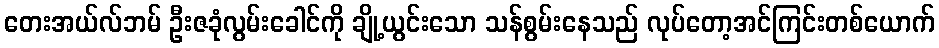
တေးအယ်လ်ဘမ် ဦးဇခုံလွမ်းခေါင်ကို ချို့ယွင်းသော သန်စွမ်းနေသည် လုပ်တော့အင်ကြင်းတစ်ယောက်